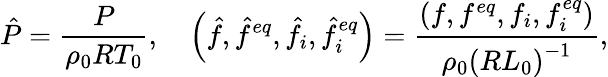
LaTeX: \hat{P}=\frac{P}{{{\rho_{0}}{R}T_{0}}},\quad\left({\hat{f},{{\hat{f}}^{eq}},{{\hat{f}}_{i}},\hat{f}_{i}^{eq}}\right)=\frac{{\left({f,{f^{eq}},{f_{i}},f_{i}^{eq}}\right)}}{{{\rho_{0}}{{\left({R{L_{0}}}\right)}^{-1}}}},